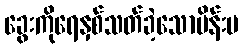
ခွေးကိုရေနှစ်သတ်ခဲ့သောမိန်းမ